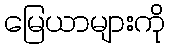
မြေယာများကို